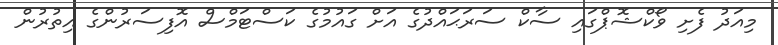
މިއަދު ފެށި ވޯކްޝޮޕްގައި ސާކް ސަރަޙައްދުގެ އަށް ގައުމުގެ ކަސްޓަމްސް އޮފިސަރުންގެ އިތުރުން